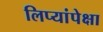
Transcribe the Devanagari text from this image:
लिप्यांपेक्षा